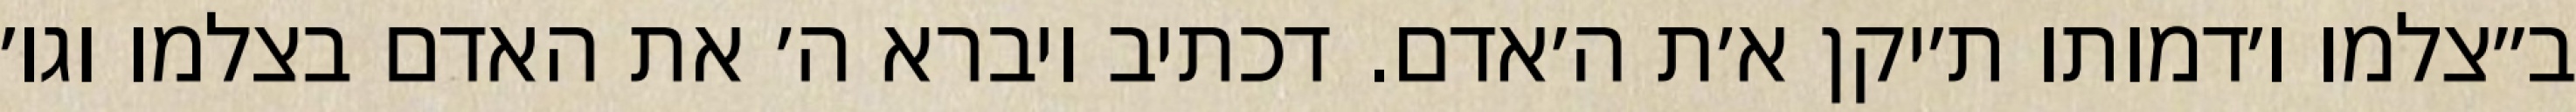
ב״צלמו ו׳דמותו ת׳יקן א׳ת ה׳אדם. דכתיב ויברא ה׳ את האדם בצלמו וגו׳